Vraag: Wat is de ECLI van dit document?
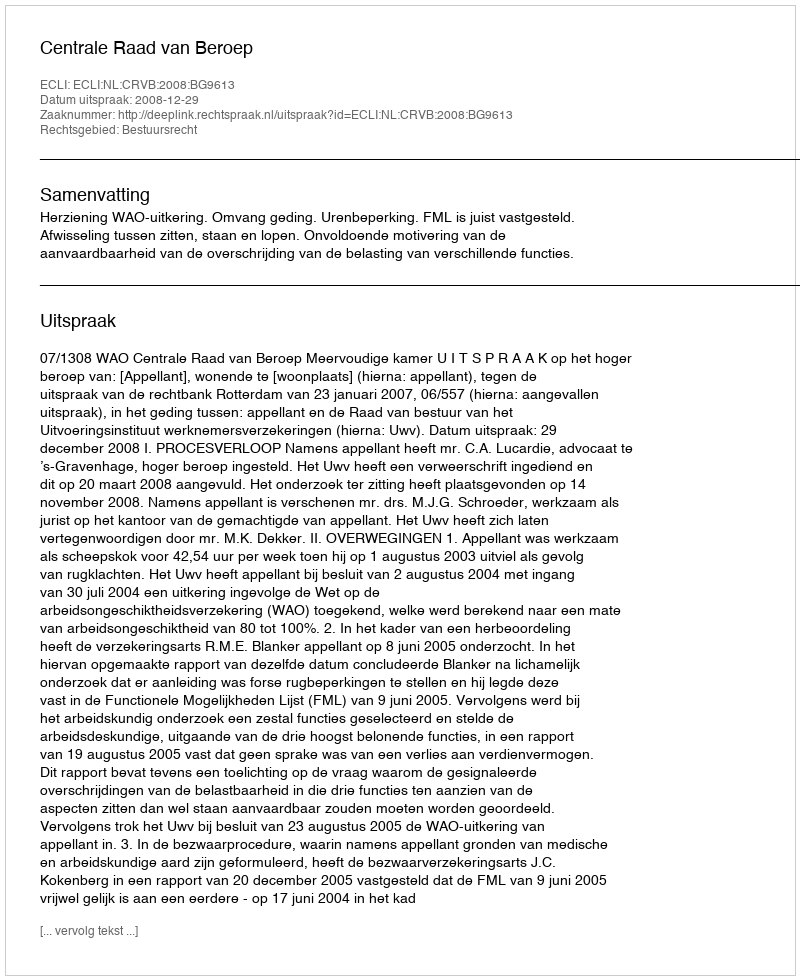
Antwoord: ECLI:NL:CRVB:2008:BG9613